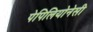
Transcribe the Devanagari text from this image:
पेपिलियोनेसी